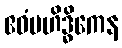
ဧဝံမဟိဒ္ဓိကေန